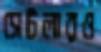
সেটলারও